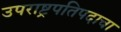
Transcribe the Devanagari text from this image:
उपराष्ट्रपतिपदाचा